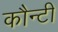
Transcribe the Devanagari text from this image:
कौन्टी